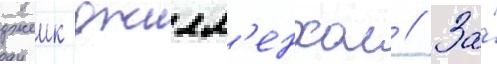
джеик джилл'енхол // За́